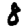
Digit: 8